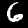
Label: 6